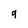
Character: q